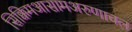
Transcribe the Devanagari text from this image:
सिक्किमआसामअरुणाचल